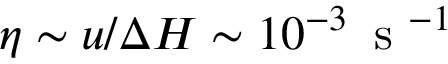
\eta \sim u / \Delta H \sim 1 0 ^ { - 3 } \, \mathrm { ~ s ~ } ^ { - 1 }